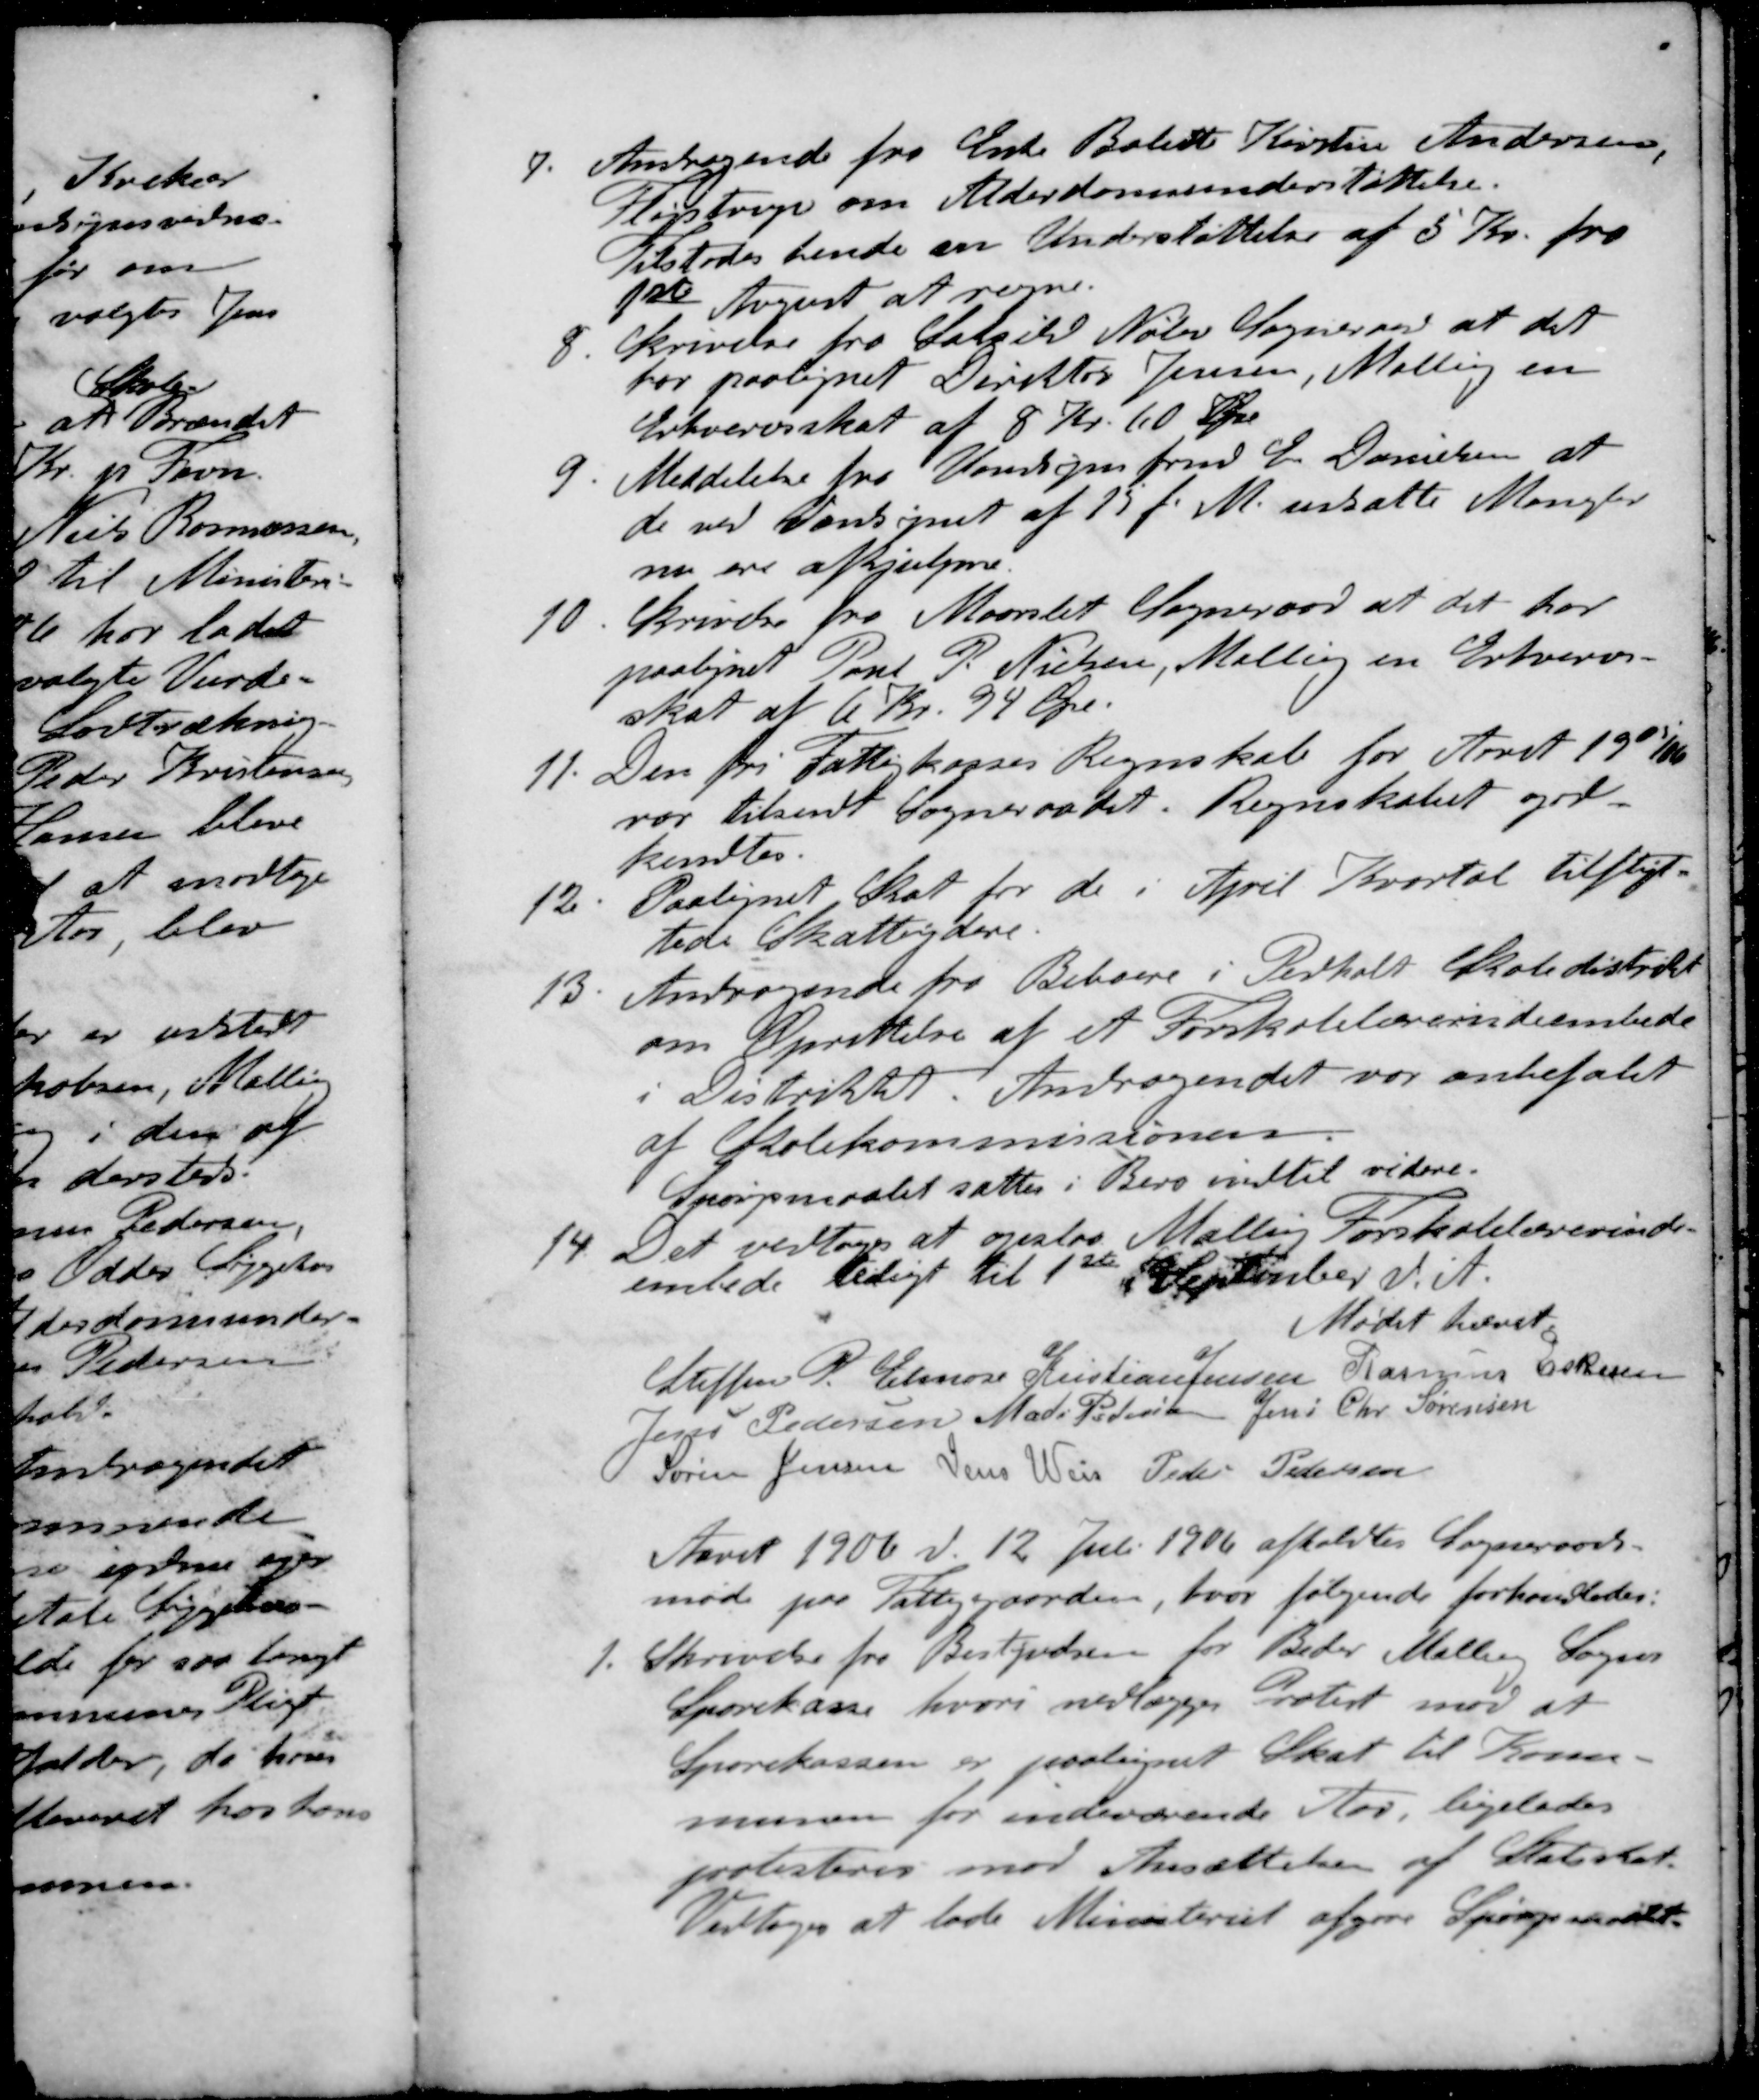
Transskription:
7. Andragende fra Enke Bolette Kirsten Andersen,
Fløjstrup om Alderdomsunderstøttelse.
Tilstodes hende en Understøttelse af 5 Kr. fra
1ste August at regne.
8. Skrivelse fra Saxild Nølev Sogneraad at det
har paalignet Direktør Jensen, Malling en
Erhvervsskat af 8 Kr. 60 Øre
9. Meddelelse fra Vandsynsfrmd C. Danielsen at
de ved Vandsynet af 15 f. M. ansatte Mangler
nu ere afhjulpne.
10. krivelse fra Maarslet Sogneraad at det har
paalignet Poul P. Nielsen, Malling en Erhvervs-
skat af 6 Kr. 94 Øre.
11. Den fri Fattigkasses Regnskab for Aaret 1905/06
var tilsendt Sogneraadet. Regnskabet god-
kendtes.
12 Paalignet Skat for de i April Kvartal tilflyt-
tede Skatteydere.
13 Andragende fra Beboere i Pedholt Skoledistrikt
om Oprettelse af et Forskolelærerindeembede
i Distriktet. Andragendet var anbefalet
af Skolekommissionen.
Spørgsmaalet sattes i Bero indtil videre.
14. Det vedtoges at opslaa Malling Forskolelærerinde-
embede ledigt til 1ste i September d. A. 
Mødet hævet
Steffen P. Elmose
Kristian Jensen
Rasmus Eskesen
Jens Pedersen
Mads Pedersen
Jens Chr Sørensen
Søren Jensen
Jens Weis
Peder Pedersen
Aaret 1906 d. 12 Juli 1906 afholdtes Sogneraads-
møde paa Fattiggaarden, hvor følgende forhandledes:
1. Skrivelse fra Bestyrelsen for Beder Malling Sogns
Sparekasse hvori nedlægges Protest mod at
Sparekassen er paalignet Skat til Kom-
munen for indeværende Aar, ligeledes
protesteres mod Ansættelsen af Statsskat.
Vedtoges at lade Ministeriet afgøre Spørgsmaadet